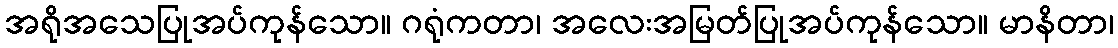
အရိုအသေပြုအပ်ကုန်သော။ ဂရုံကတာ၊ အလေးအမြတ်ပြုအပ်ကုန်သော။ မာနိတာ၊